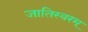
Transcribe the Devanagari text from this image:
जातिस्वरम्